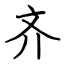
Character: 齐